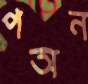
পঅন